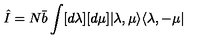
\hat { I } = N \bar { b } \int [ d \lambda ] [ d \mu ] | \lambda , \mu \rangle \langle \lambda , - \mu |